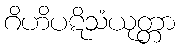
ဂိဟိပဋိသံယုတ္တာ